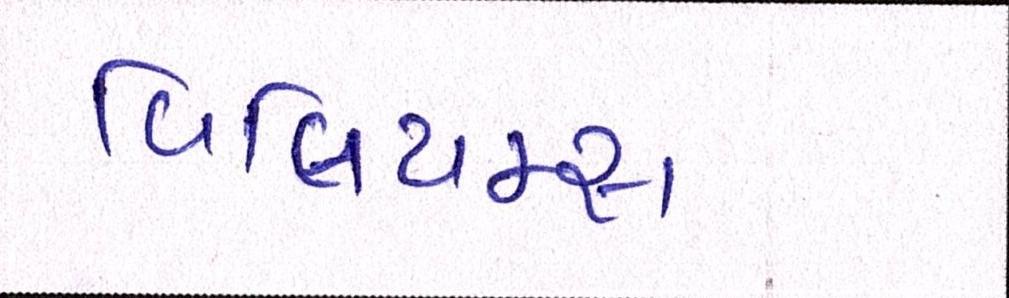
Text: વિલિયમ્સ